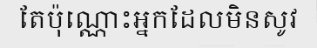
តែប៉ុណ្ណោះអ្នកដែលមិនសូវ